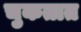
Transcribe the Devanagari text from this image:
चुकतात